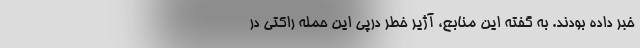
خبر داده بودند. به گفته این منابع، آژیر خطر درپی این حمله راکتی در